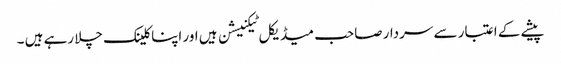
پیشے کے اعتبار سے سردار صاحب میڈیکل ٹیکنیشن ہیں اور اپنا کلینک چلا رہے ہیں ۔